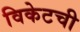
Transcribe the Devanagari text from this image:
विकेटची